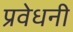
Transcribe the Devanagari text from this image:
प्रवेधनी